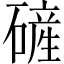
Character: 𪿴